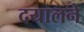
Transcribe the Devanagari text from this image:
दयालने